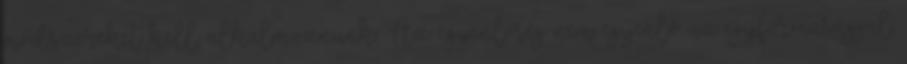
módszereket kell alkalmaznunk. Az egyenlőség nem egyenlő az egyformasággal.